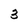
Character: 3